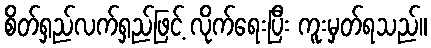
စိတ်ရှည်လက်ရှည်ဖြင့် လိုက်ရေးပြီး ကူးမှတ်ရသည်။